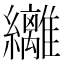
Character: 𮉞